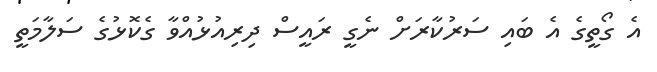
އެ ގޯތީގެ އެ ބައި ސަރުކާރަށް ނެގީ ރައީސް ދިރިއުޅުއްވާ ގެކޮޅުގެ ސަލާމަތީ